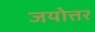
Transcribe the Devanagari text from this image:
जयोत्तर